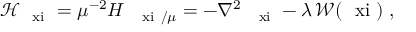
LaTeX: { \mathcal H } _ { { \mathrm { \boldmath ~ \scriptstyle { \ x i } ~ } } } = \mu ^ { - 2 } H _ { \mathrm { \boldmath ~ \scriptstyle { ~ \ x i } ~ } / \mu } = - \nabla _ { \mathrm { ~ \boldmath ~ \scriptstyle { ~ \ x i } ~ } } ^ { 2 } - \lambda \, { \mathcal W } ( \mathrm { \boldmath ~ \ x i ~ } ) \; ,